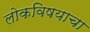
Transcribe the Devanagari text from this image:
लोकविषयाचा